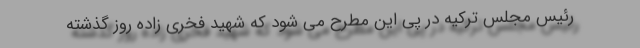
رئیس مجلس ترکیه در پی این مطرح می شود که شهید فخری زاده روز گذشته